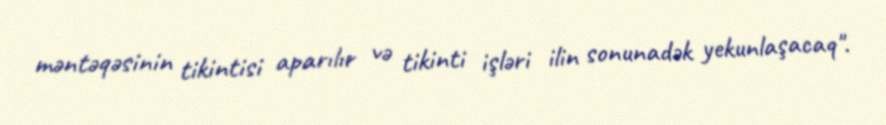
məntəqəsinin tikintisi aparılır və tikinti işləri ilin sonunadək yekunlaşacaq".